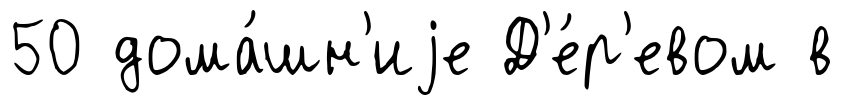
50 дома́шн'иjе Д'е́р'евом в